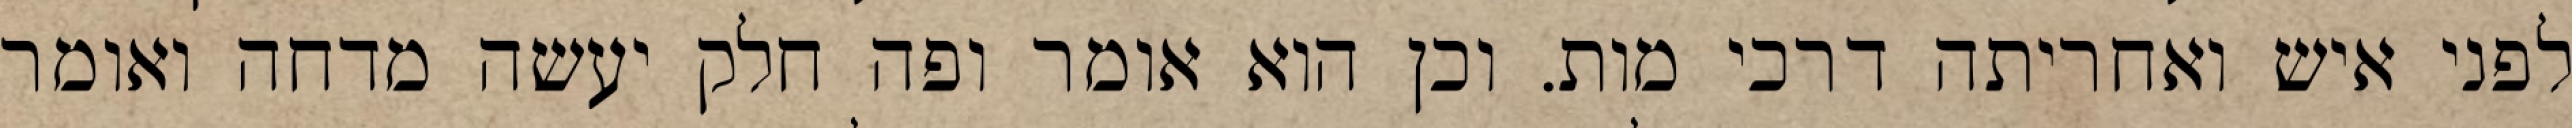
לפני איש ואחריתה דרכי מות. וכן הוא אומר ופה חלק יעשה מדחה ואומר